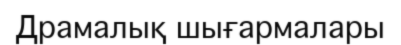
Драмалық шығармалары